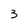
Character: 3